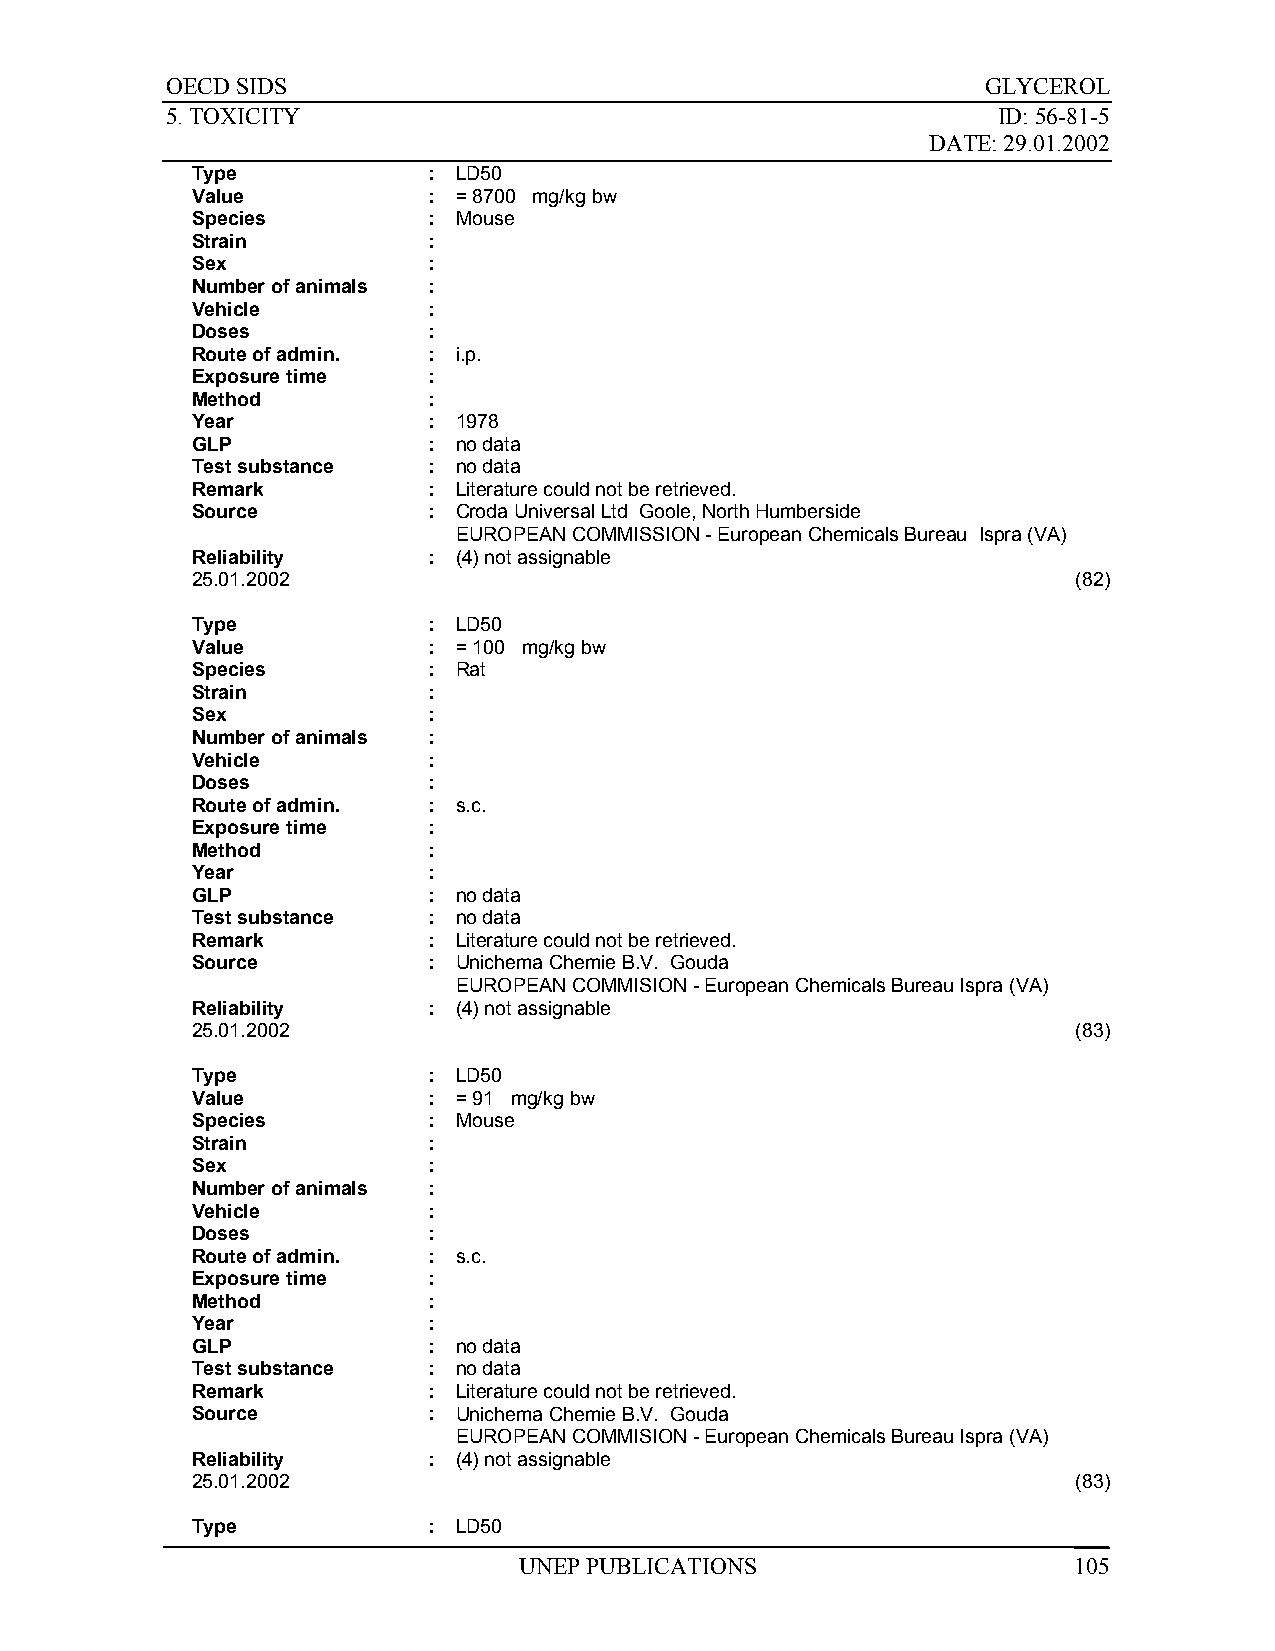
OECD SIDS                                             GLYCEROL
 5. TOXICITY                                            ID: 56-81-5
 DATE: 29.01.2002
 Type           : LD50
 Value          : = 8700 mg/kg bw
 Species        : Mouse
 Strain         :
 Sex            :
 Number of animals :
 Vehicle        :
 Doses          :
 Route of admin. : i.p.
 Exposure time  :
 Method         :
 Year           : 1978
 GLP            : no data
 Test substance : no data
 Remark         : Literature could not be retrieved.
 Source         : Croda Universal Ltd Goole, North Humberside
 EUROPEAN COMMISSION - European Chemicals Bureau Ispra (VA)
 Reliability    : (4) not assignable
 25.01.2002                                                (82)
 Type           : LD50
 Value          : = 100 mg/kg bw
 Species        : Rat
 Strain         :
 Sex            :
 Number of animals :
 Vehicle        :
 Doses          :
 Route of admin. : s.c.
 Exposure time  :
 Method         :
 Year           :
 GLP            : no data
 Test substance : no data
 Remark         : Literature could not be retrieved.
 Source         : Unichema Chemie B.V. Gouda
 EUROPEAN COMMISION - European Chemicals Bureau Ispra (VA)
 Reliability    : (4) not assignable
 25.01.2002                                                (83)
 Type           : LD50
 Value          : = 91 mg/kg bw
 Species        : Mouse
 Strain         :
 Sex            :
 Number of animals :
 Vehicle        :
 Doses          :
 Route of admin. : s.c.
 Exposure time  :
 Method         :
 Year           :
 GLP            : no data
 Test substance : no data
 Remark         : Literature could not be retrieved.
 Source         : Unichema Chemie B.V. Gouda
 EUROPEAN COMMISION - European Chemicals Bureau Ispra (VA)
 Reliability    : (4) not assignable
 25.01.2002                                                (83)
 Type           : LD50
 UNEP PUBLICATIONS                    105